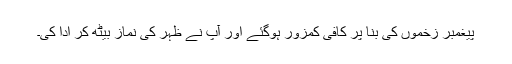
پیغمبر زخموں کی بنا پر کافی کمزور ہوگئے اور آپ نے ظہر کی نماز بیٹھ کر ادا کی۔